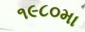
૧૯૮૦મા